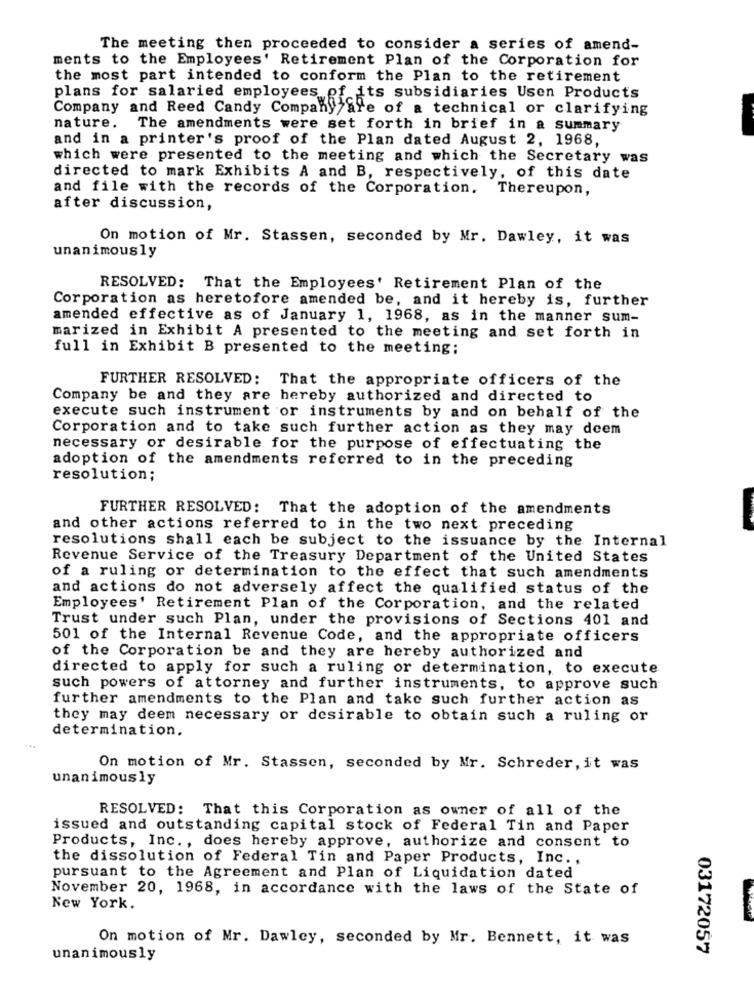
The meeting then proceeded to consider a series of amend-
ments to the Employees' Retirement Plan of the Corporation for
the most part intended to conform the Plan to the retirement
plans for salaried employees of its subsidiaries Usen Products
Company and Reed Candy Company
fe of a technical or clarifying
nature. The amendments were set forth in brief in a summary
and in a printer's proof of the Plan dated August 2, 1968,
which were presented to the meeting and which the Secretary was
directed to mark Exhibits A and B, respectively, of this date
and file with the records of the Corporation. Thereupon,
after discussion,
On motion of Mr. Stassen, seconded by Mr. Dawley, it was
unanimously
RESOLVED: That the Employees' Retirement Plan of the
Corporation as heretofore amended be, and it hereby is, further
amended effective as of January 1, 1968, as in the manner sum-
marized in Exhibit A presented to the meeting and set forth in
full in Exhibit B presented to the meeting;
FURTHER RESOLVED: That the appropriate officers of the
Company be and they are hereby authorized and directed to
execute such instrument or instruments by and on behalf of the
Corporation and to take such further action as they may deem
necessary or desirable for the purpose of effectuating the
adoption of the amendments referred to in the preceding
resolution;
FURTHER RESOLVED: That the adoption of the amendments
and other actions referred to in the two next preceding
resolutions shall each be subject to the issuance by the Internal
Revenue Service of the Treasury Department of the United States
of a ruling or determination to the effect that such amendments
and actions do not adversely affect the qualified status of the
Employees' Retirement Plan of the Corporation, and the related
Trust under such Plan, under the provisions of Sections 401 and
501 of the Internal Revenue Code, and the appropriate officers
of the Corporation be and they are hereby authorized and
directed to apply for such a ruling or determination, to execute
such powers of attorney and further instruments, to approve such
further amendments to the Plan and take such further action as
they may deem necessary or desirable to obtain such a ruling or
determination.
...
On motion of Mr. Stassen, seconded by Mr. Schreder, it was
unanimously
RESOLVED: That this Corporation as owner of all of the
issued and outstanding capital stock of Federal Tin and Paper
Products, Inc ., does hereby approve, authorize and consent to
the dissolution of Federal Tin and Paper Products, Inc .,
pursuant to the Agreement and Plan of Liquidation dated
November 20, 1968, in accordance with the laws of the State of
New York.
On motion of Mr. Dawley, seconded by Mr. Bennett, it was
03172057
unanimously